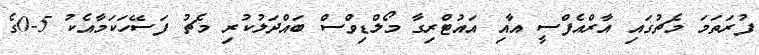
ފުރަތަމަ މެޗުގައި އާރްއެފްސީ އާއި އައުޓްރިގާ މޯލްޑިވްސް ބައްދަލުކުރި މެޗު ފަސޭހަކަމާއެކު 5-0ގެ